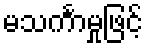
မသင်္ကာမှုဖြင့်